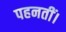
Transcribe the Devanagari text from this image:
पहनतीं।